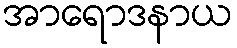
အာရောဒနာယ